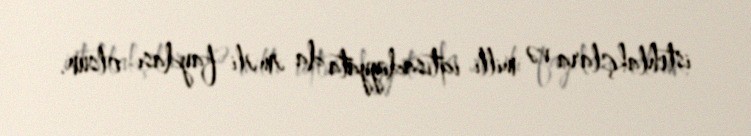
istehlakçlara və milli iqtisadiyyata da əməli faydası olsun.